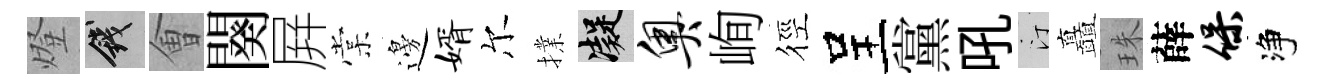
燈錢㑹闋屛棠邊婿尔擈凝奥峋徑呈黨吼汀矗珠薛保净